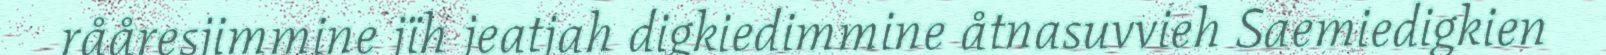
rååresjimmine jïh jeatjah digkiedimmine åtnasuvvieh Saemiedigkien